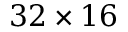
3 2 \times 1 6